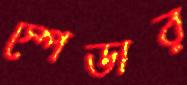
স্পেডার